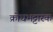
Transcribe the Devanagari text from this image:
क्रोधभट्टारक